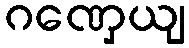
ဂဏှေယျ